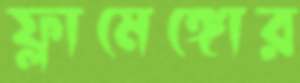
ফ্লামেঙ্গোর